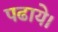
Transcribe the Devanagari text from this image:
पढाये।